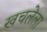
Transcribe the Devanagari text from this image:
खचलेला